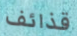
قذائف